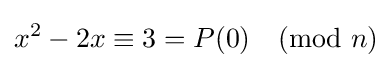
x^{2}-2x\equiv 3=P(0){\pmod {n}}